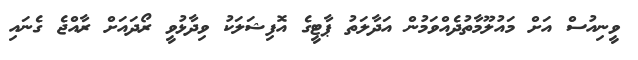
ވީނިއުސް އަށް މައުލޫމާތުދެއްވަމުން އަދާލަތު ޕާޓީގެ އޮފިޝަލަކު ވިދާޅުވީ ރޯދައަށް ރާއްޖެ ގެނައި